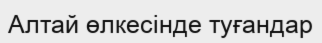
Алтай өлкесінде туғандар